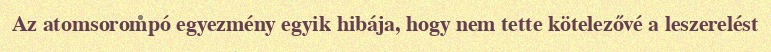
Az atomsorompó egyezmény egyik hibája, hogy nem tette kötelezővé a leszerelést